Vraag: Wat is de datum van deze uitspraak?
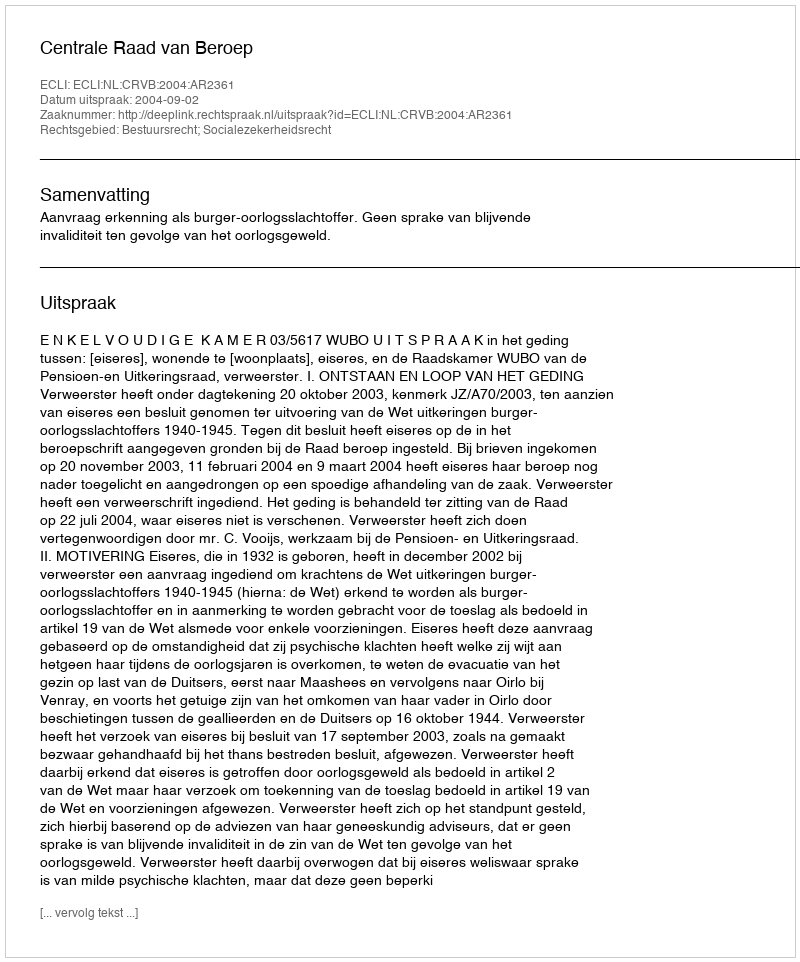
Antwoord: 2004-09-02